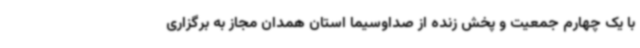
با یک چهارم جمعیت و پخش زنده از صداوسیما استان همدان مجاز به برگزاری